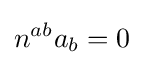
n^{ab}a_{b}=0